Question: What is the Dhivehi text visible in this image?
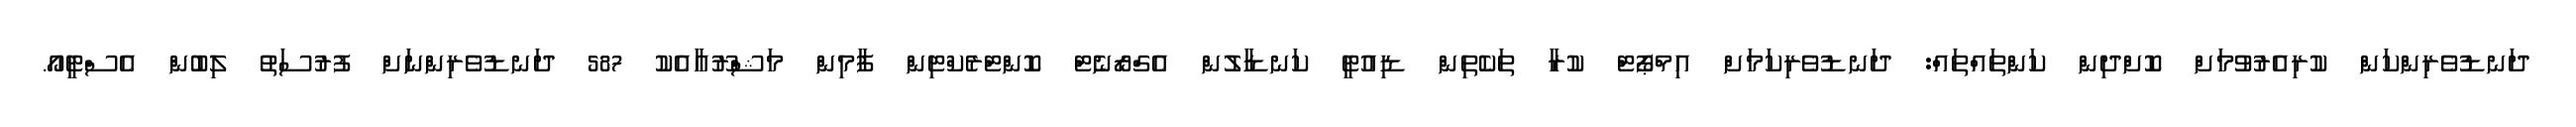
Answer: ދަނޑުވެރިންކަން ކުރިއެރުވުމަށް ކޮށްދިން ކަންތައްތައް: ދަނޑުވެރިކަމަށް އިމްޕޯޓް ކުރާ ތަކެތިން ޑިއުޓީ ކަނޑާލުން އެގްރޯނެޓް ކޮންޓްރެކްޓިން ފާމިން މަޝްރޫއާއެކު 587 ދަނޑުވެރިންނަށް ފުރުސަތު ލިބުން އެސްޓީއޯ.